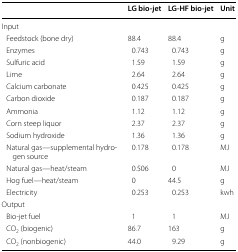
|  | LG bio-jet | LG-HF bio-jet | Unit |
 | --- | --- | --- | --- |
 | <COLSPAN=4> Input |
 | Feedstock (bone dry) | 88.4 | 88.4 | g |
 | Enzymes | 0.743 | 0.743 | g |
 | Sulfuric acid | 1.59 | 1.59 | g |
 | Lime | 2.64 | 2.64 | g |
 | Calcium carbonate | 0.425 | 0.425 | g |
 | Carbon dioxide | 0.187 | 0.187 | g |
 | Ammonia | 1.12 | 1.12 | g |
 | Corn steep liquor | 2.37 | 2.37 | g |
 | Sodium hydroxide | 1.36 | 1.36 | g |
 | Natural gas—supplemental hydrogen source | 0.178 | 0.178 | MJ |
 | Natural gas—heat/steam | 0.506 | 0 | MJ |
 | Hog fuel—heat/steam | 0 | 44.5 | g |
 | Electricity | 0.253 | 0.253 | kwh |
 | <COLSPAN=4> Output |
 | Bio-jet fuel | 1 | 1 | MJ |
 | CO2 (biogenic) | 86.7 | 163 | g |
 | CO2 (nonbiogenic) | 44.0 | 9.29 | g |